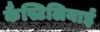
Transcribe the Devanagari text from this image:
कैस्टिलियाई